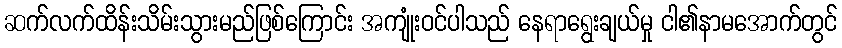
ဆက်လက်ထိန်းသိမ်းသွားမည်ဖြစ်ကြောင်း အကျုံးဝင်ပါသည် နေရာရွေးချယ်မှု ငါ၏နာမအောက်တွင်